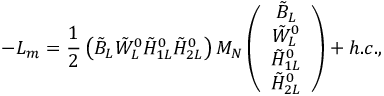
- { \cal L } _ { m } = \frac { 1 } { 2 } \left( \tilde { B } _ { L } \tilde { W } _ { L } ^ { 0 } \tilde { H } _ { 1 L } ^ { 0 } \tilde { H } _ { 2 L } ^ { 0 } \right) { \cal M } _ { N } \left( \begin{array} { c } { { \tilde { B } _ { L } } } \\ { { \tilde { W } _ { L } ^ { 0 } } } \\ { { \tilde { H } _ { 1 L } ^ { 0 } } } \\ { { \tilde { H } _ { 2 L } ^ { 0 } } } \end{array} \right) + h . c . ,